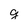
Character: q